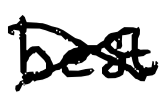
Text: best
Cross-out: cross
Writing tool: digital_black